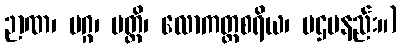
ဉာဏ၊ မဂ္ဂ၊ ပတ္တိ၊ လောကတ္ထစရိယ၊ ပဌမနည်း။)